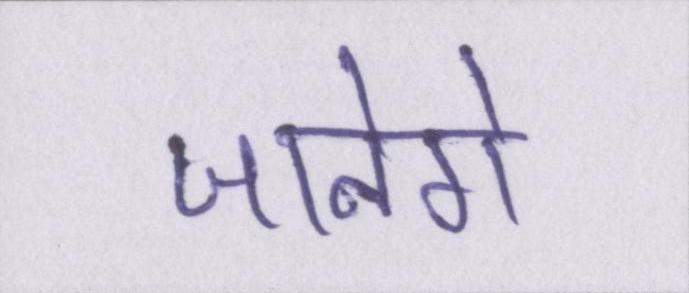
जानेंगे